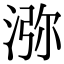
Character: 㳽